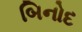
બિનોદ